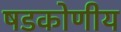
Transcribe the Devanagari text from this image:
षडकोणीय